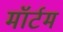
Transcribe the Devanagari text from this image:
मॉर्टम